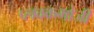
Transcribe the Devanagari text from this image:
प्लवकभोजी